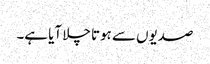
صدیوں سے ہوتا چلا آیا ہے۔